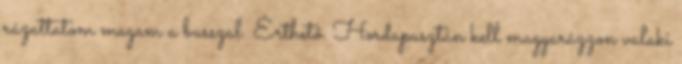
rázattatom magam a busszal. Érthető. Hordapusztán kell magyarázzon valaki